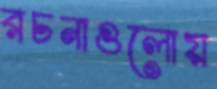
রচনাগুলোয়